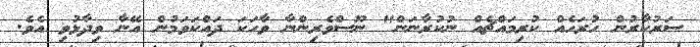
ސަރުކާރުން ހުރަހެއް ކުރިމައްޗެއް ނުކުރާނަން" ނޫސްވެރިންނާ ވާހަކަ ދައްކަވަމުން އޭނާ ވިދާޅުވި އެވެ.